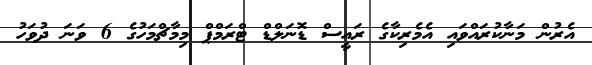
އެރުން މަނާކުރައްވައި އެމެރިކާގެ ރައީސް ޑޮނަލްޑް ޓްރަމްޕް މިމާޗްމަހުގެ 6 ވަނަ ދުވަހު